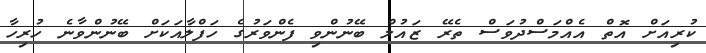
ކުރިއަށް އޮތް އެއްމަސްދުވަސް ތެރޭ ޒައުލް ބޭނުންވި ފެންވަރުގެ ހަފްލާއަކަށް ބޭނުންވާނެ ހުރިހާ